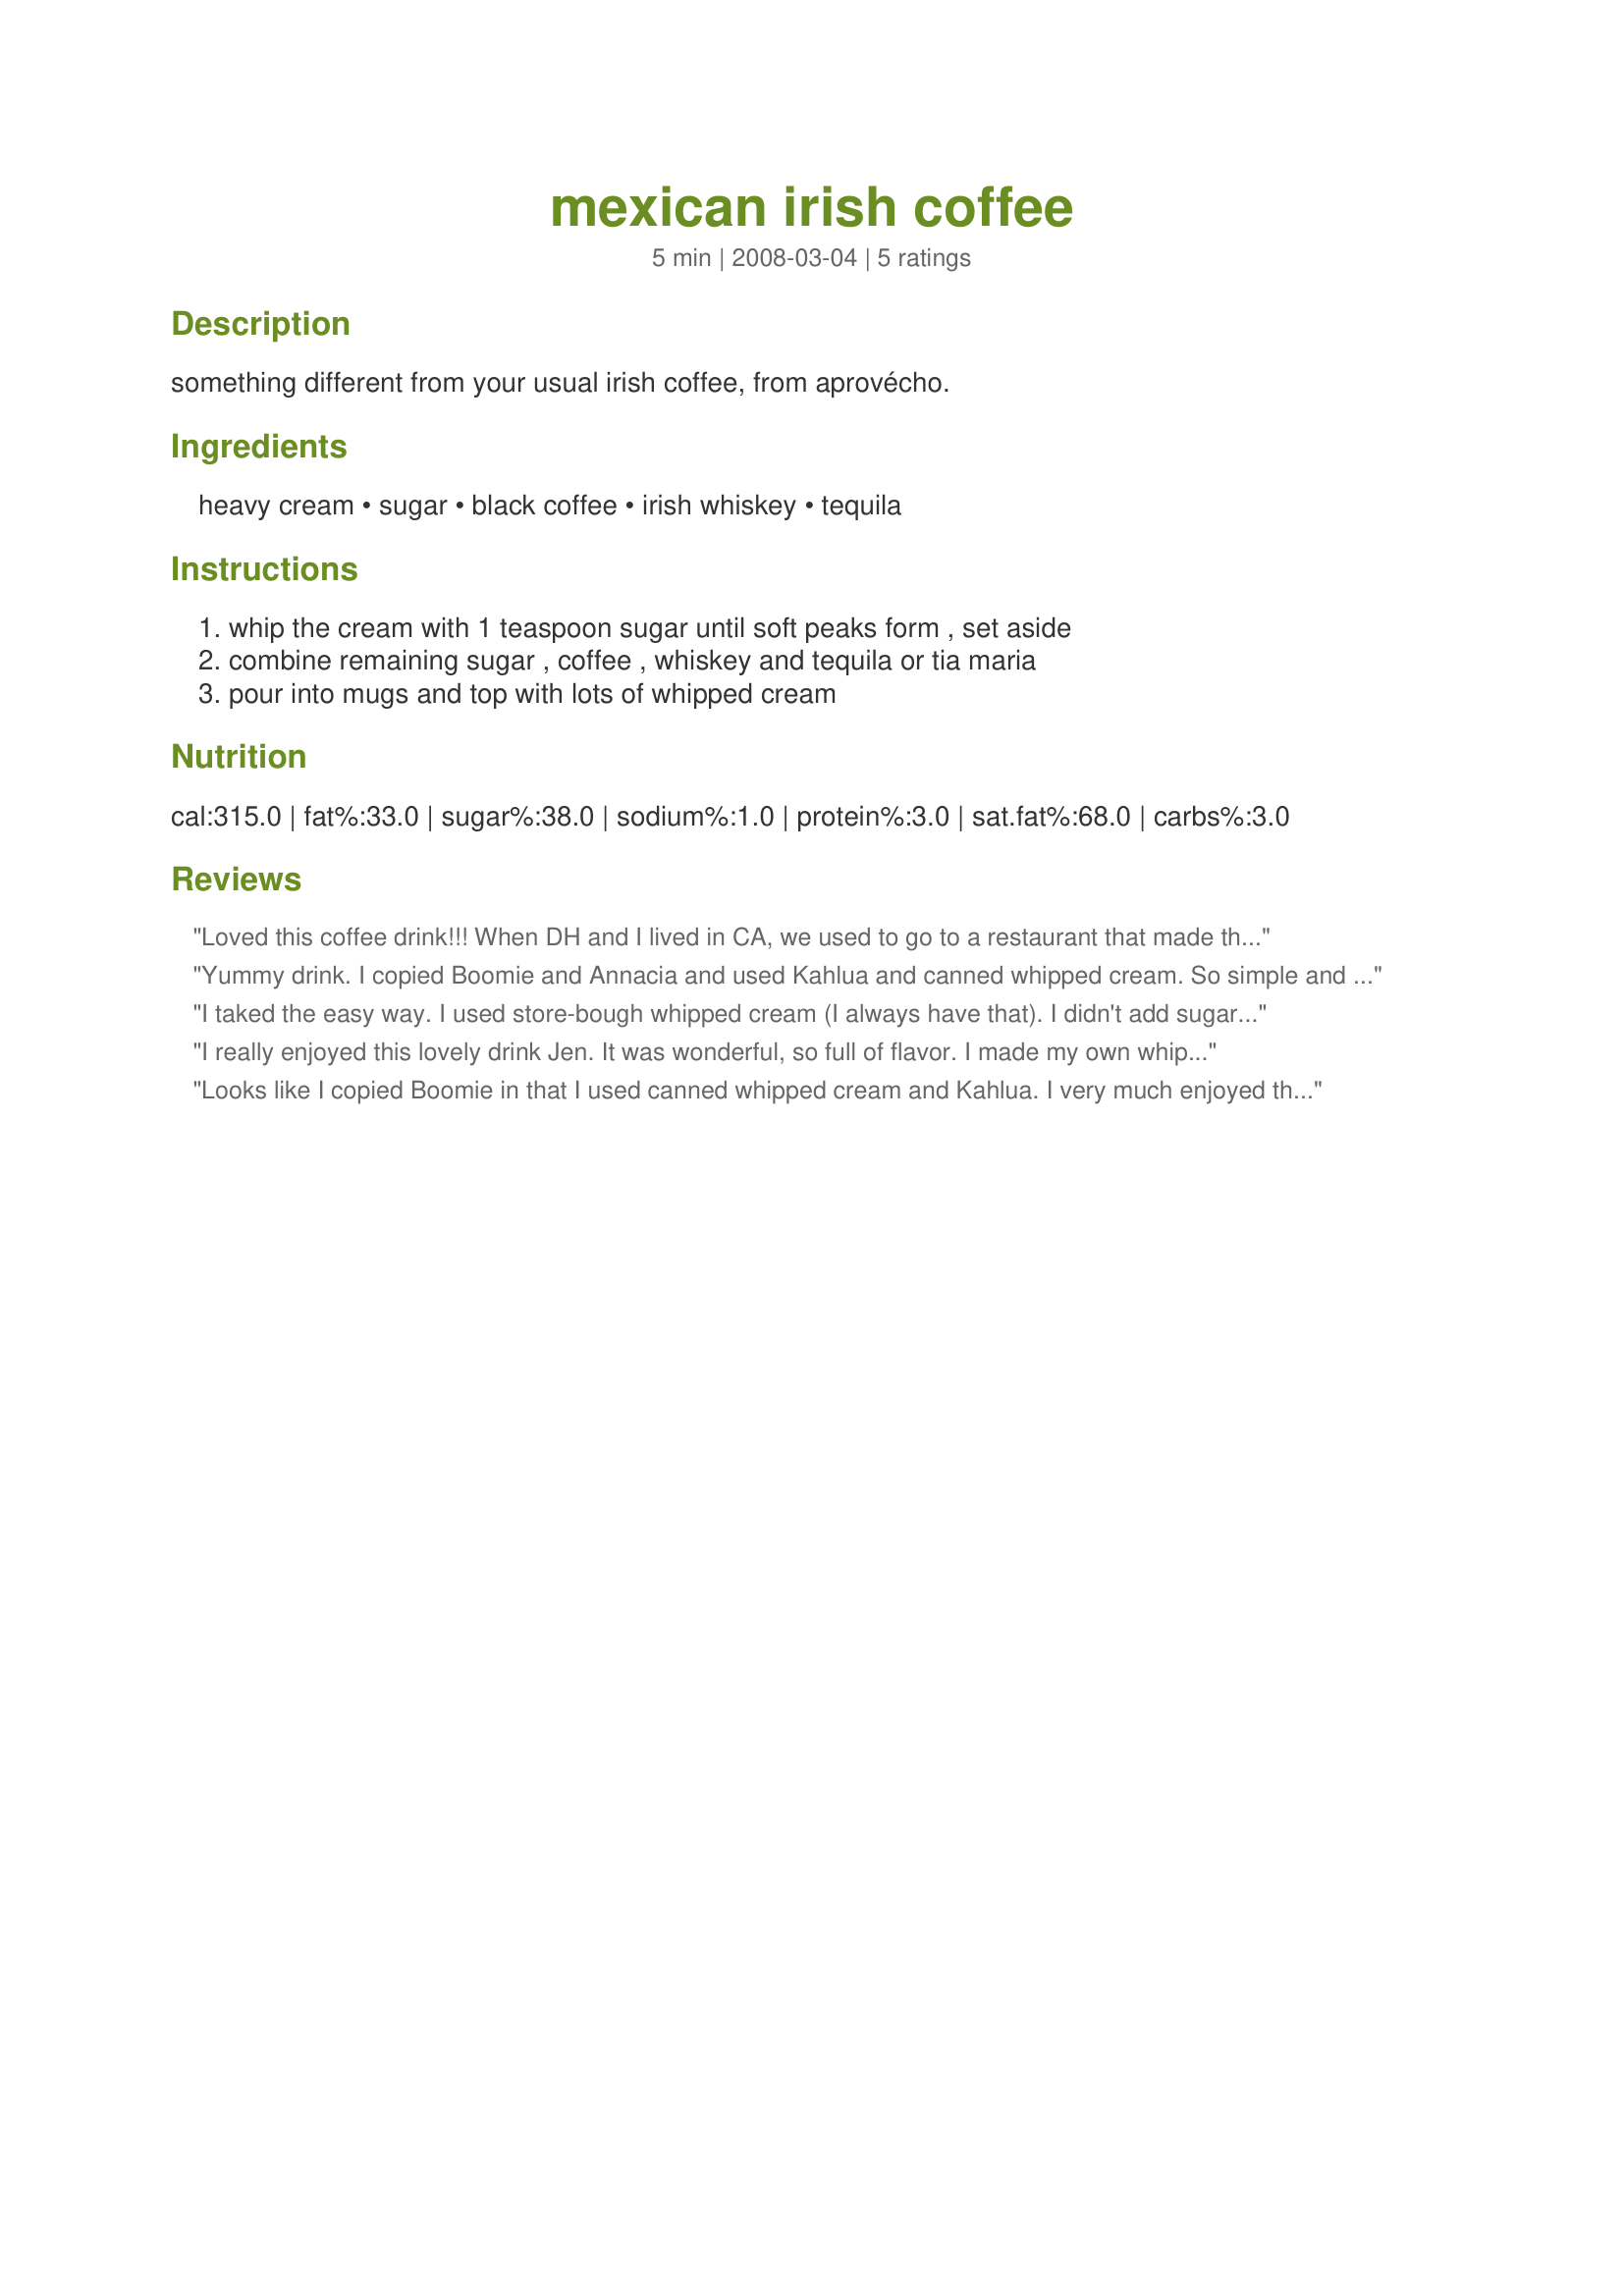
mexican irish coffee
Preparation time: 5 minutes

something different from your usual irish coffee, from aprovécho.

Ingredients:
heavy cream, sugar, black coffee, irish whiskey, tequila

Steps:
whip the cream with 1 teaspoon sugar until soft peaks form , set aside, combine remaining sugar , coffee , whiskey and tequila or tia maria, pour into mugs and top with lots of whipped cream

Reviews:
Loved this coffee drink!!! When DH and I lived in CA, we used to go to a restaurant that made their own whipped cream like this for our Bailey's and coffee and it really makes the difference in flavor. Obviously more time consuming, but so yummy. I made this using the Tia Maria option and whipped the cream up in my mini food chopper/processor. Thanks for sharing the recipe. Made for PRMR Tag Game.
Yummy drink. I copied Boomie and Annacia and used Kahlua and canned whipped cream. So simple and good. Thanks for sharing. Made for Please Review My Recipe Tag.
I taked the easy way. I used store-bough whipped cream (I always have that). I didn't add sugar in my coffee cause I used Kahlua and it's enough sweet for me. I really loved the taste and will do it again. Thanks Jen. Made for Please Review My Recipe.
I really enjoyed this lovely drink Jen. It was wonderful, so full of flavor. I made my own whipped cream and used tequila instead of the Tia Maria or Kahlua. I never mixed whiskey and tequila before it worked great, it was so flavorful and good. I garnished the whipped cream with a sprinkle of cinnamon and rimmed the glass in brown sugar. I will be makiing this lovely coffee often. Thanks for sharing. Made for Please Review My Reciep.
Looks like I copied Boomie in that I used canned whipped cream and Kahlua. I very much enjoyed this it wasn't too strong with alcohol taste. I used Jamison's and I did add some Splenda. Thanks Jen :D. Made for Photo Tag
